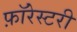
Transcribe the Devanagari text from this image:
फ़ॉरेस्टरी